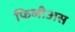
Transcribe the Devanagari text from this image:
फिलीअस